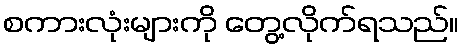
စကားလုံးများကို တွေ့လိုက်ရသည်။